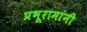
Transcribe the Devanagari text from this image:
प्रभूरामांनी